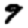
Digit: 9